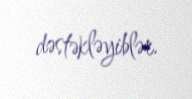
dəstəkləyiblər.